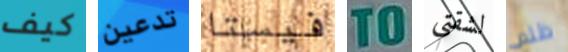
كيف تدعين فيستا TO لشقتي ظلم